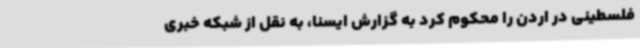
فلسطینی در اردن را محکوم کرد به گزارش ایسنا، به نقل از شبکه خبری